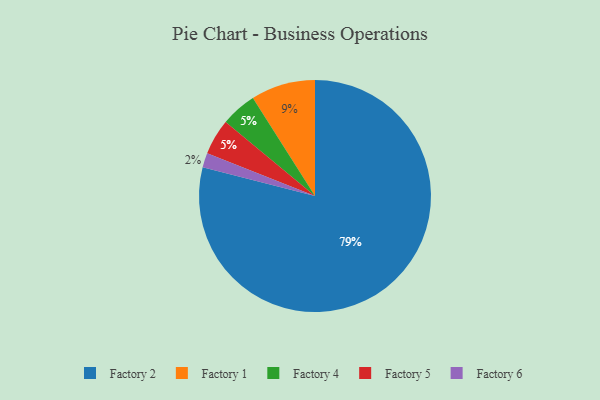
{"axis": {"x": "Category", "y": "Percentage"}, "legend": ["Factory 1", "Factory 2", "Factory 4", "Factory 5", "Factory 6"], "data": [{"x": "Factory 6", "y": 2, "type": "Factory 6"}, {"x": "Factory 4", "y": 5, "type": "Factory 4"}, {"x": "Factory 5", "y": 5, "type": "Factory 5"}, {"x": "Factory 1", "y": 9, "type": "Factory 1"}, {"x": "Factory 2", "y": 79, "type": "Factory 2"}]}